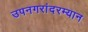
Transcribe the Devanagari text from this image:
उपनगरांदरम्यान